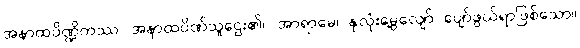
အနာထပိဏ္ဍိကဿ၊ အနာထပိဏ်သူဌေး၏။ အာရာမေ၊ နှလုံးမွေ့လျော် ပျော်ဖွယ်ရာဖြစ်သော။